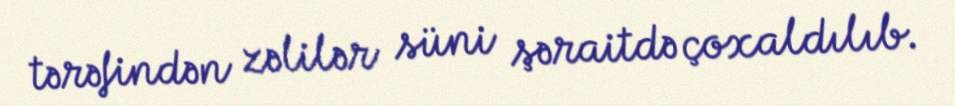
tərəfindən zəlilər süni şəraitdə çoxaldılıb.